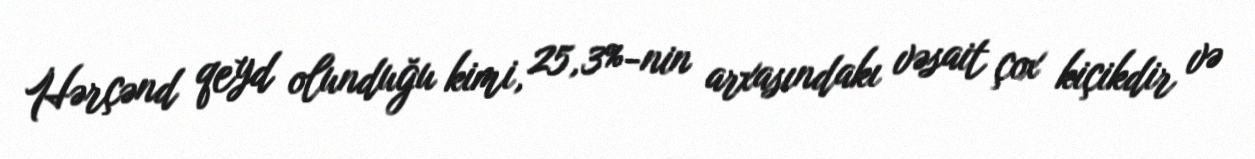
Hərçənd qeyd olunduğu kimi, 25,3%-nin arxasındakı vəsait çox kiçikdir və